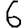
Digit: 6